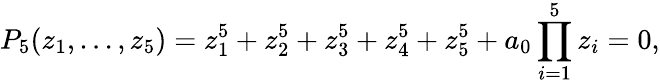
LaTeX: P_{5}(z_{1},...,z_{5})=z_{1}^{5}+z_{2}^{5}+z_{3}^{5}+z_{4}^{5}+z_{5}^{5}+a_{0}\prod_{i=1}^{5}z_{i}=0,